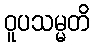
ဝူပသမ္မတိ